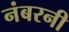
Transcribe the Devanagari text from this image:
नंबरनी